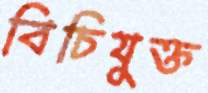
বিচিযুক্ত